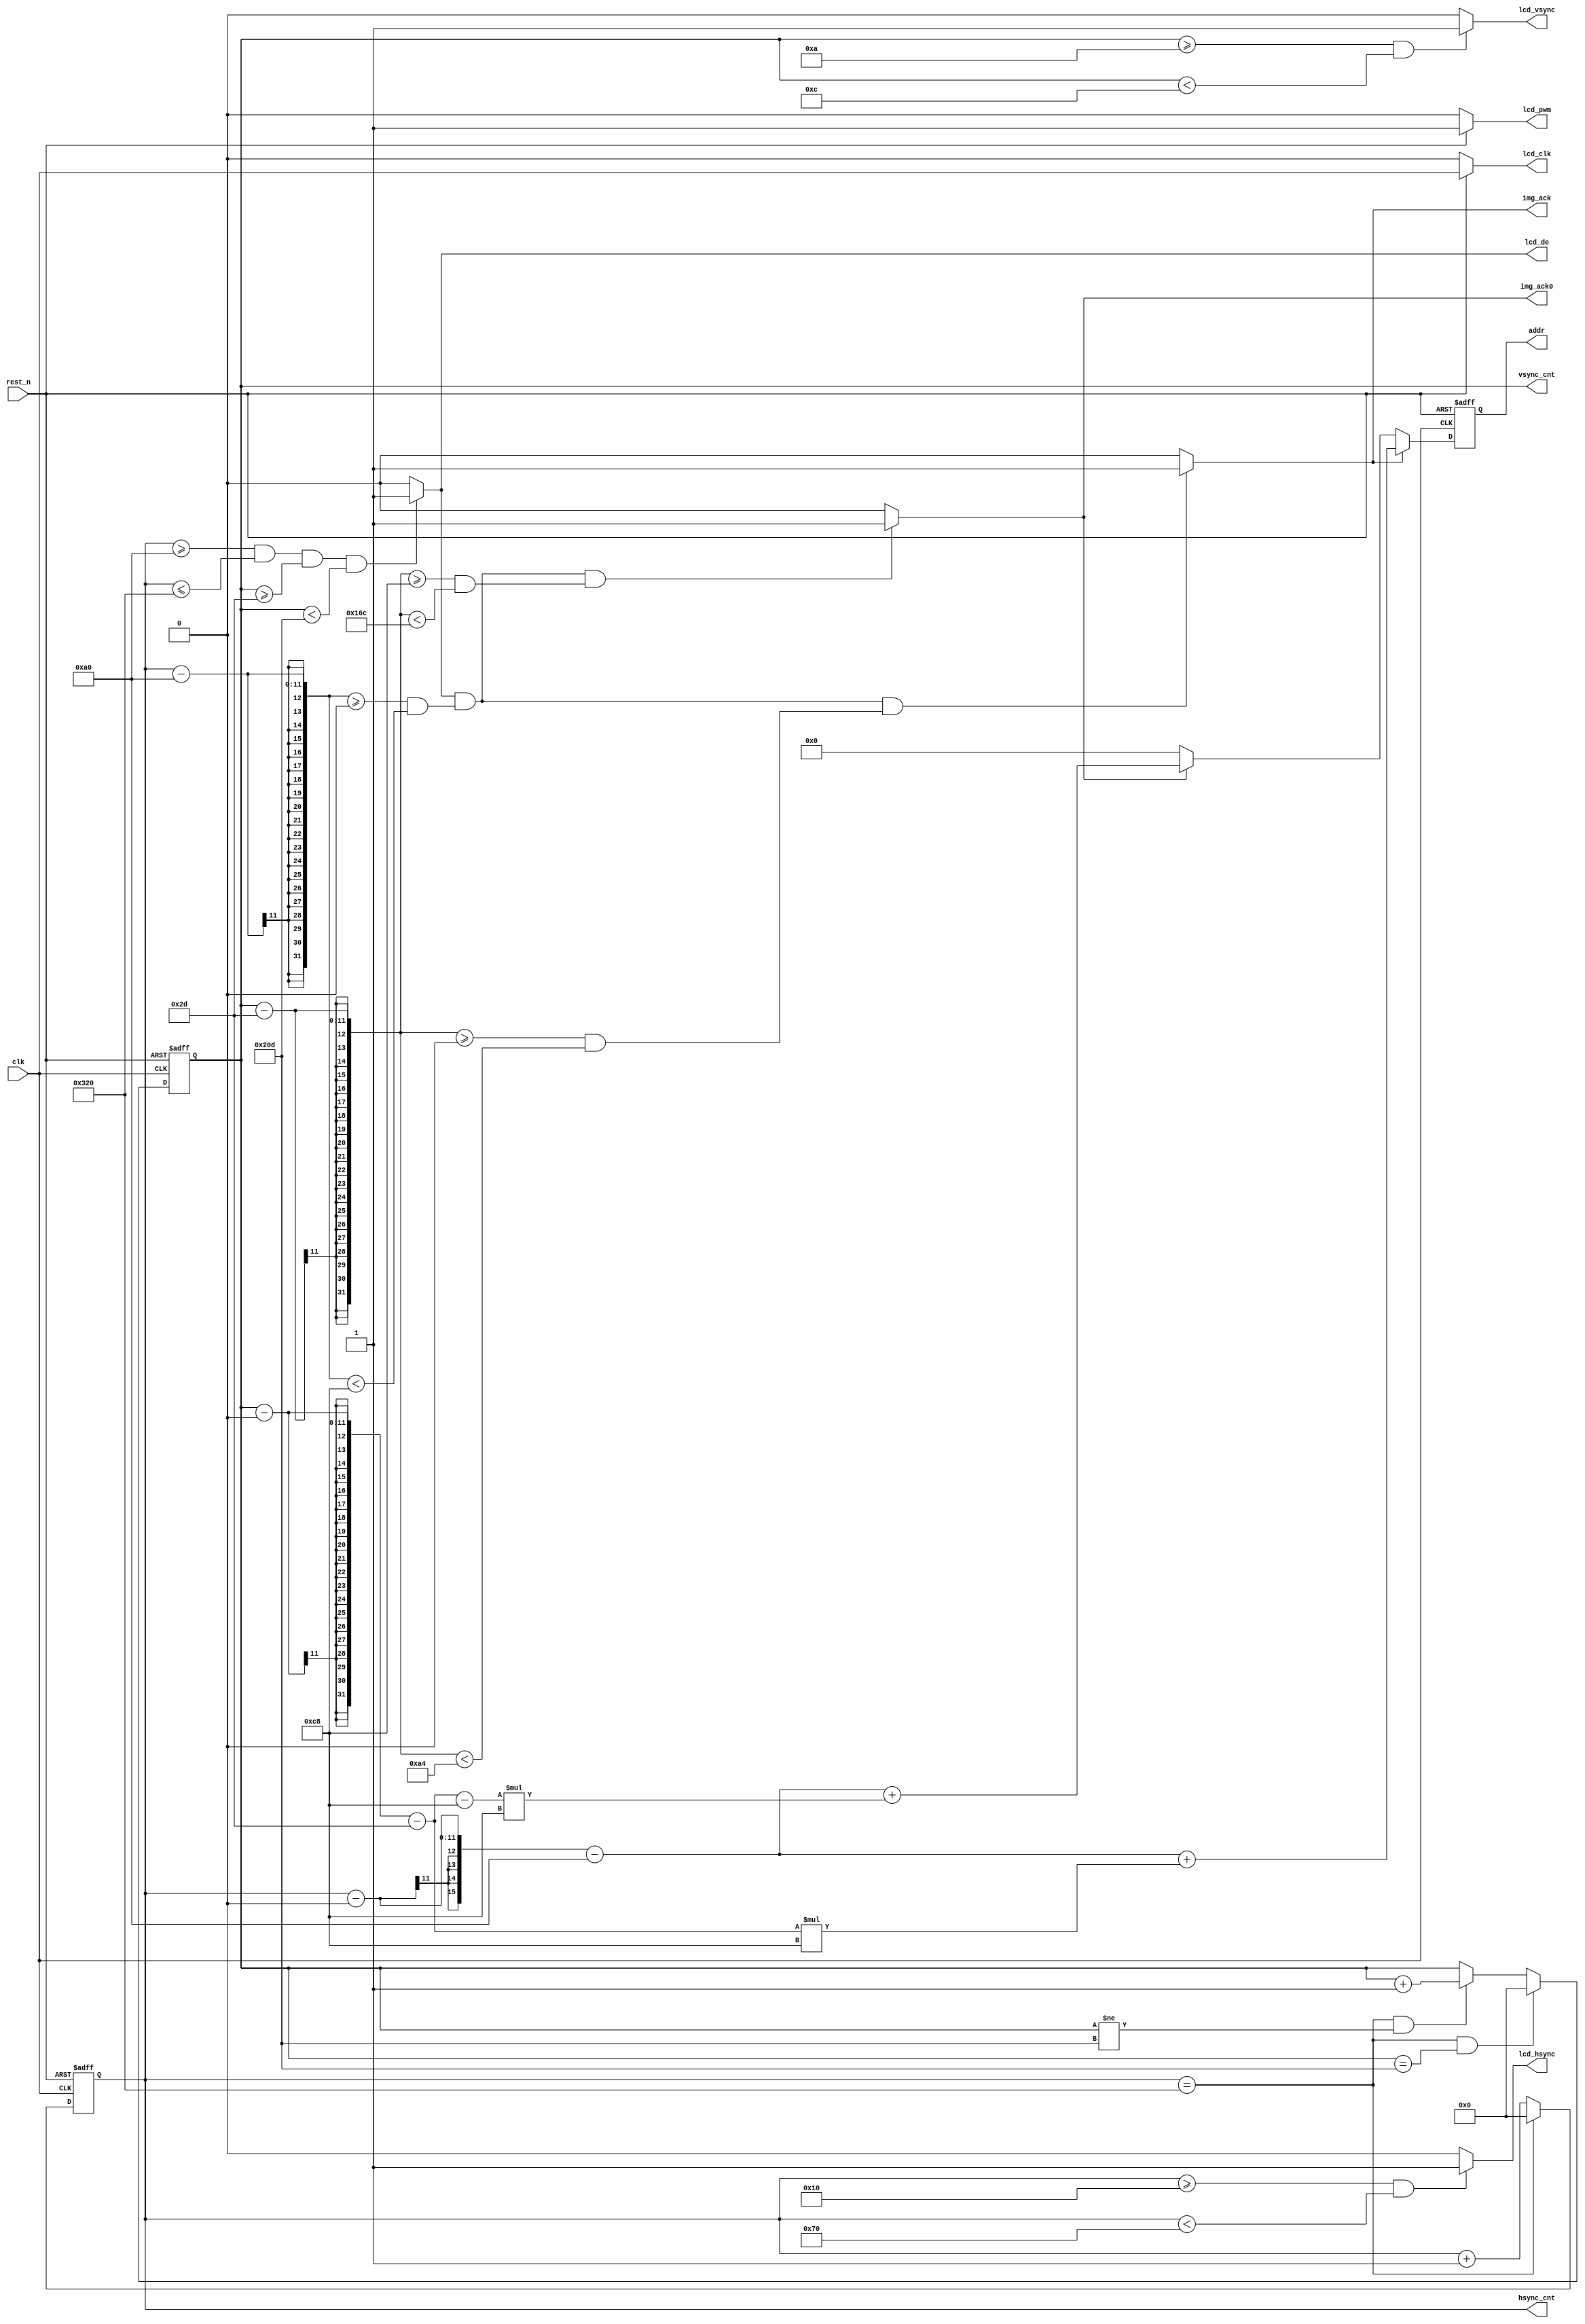
`timescale 1ns/ 1ps

module lcd_sync
#(
    //display image at pos
    parameter IMG_W = 200,  
    parameter IMG_H = 164,
    parameter IMG_X = 0  ,
    parameter IMG_Y = 0
)
(
    input                       clk         ,
    input                       rest_n      ,
    
    output  wire                lcd_clk     ,
    output  wire                lcd_pwm     ,
    output  wire                lcd_hsync   , 
    output  wire                lcd_vsync   , 
    output  wire                lcd_de      ,
    output  wire [10:0]         hsync_cnt   ,
    output  wire [10:0]         vsync_cnt   ,
    output  wire                img_ack     ,
    output  wire                img_ack0    ,
    output  wire [15:0]         addr
);



//640*480
localparam TFT_H = 640;  
localparam TFT_V = 480; 

////////////60hz////////////////////
localparam THB   = 160;
localparam TH    = TFT_H + THB;
localparam TVB   = 45;
localparam TV    = TFT_V + TVB;

////////////70hz////////////////////
/* localparam THB 	 = 200;
localparam TH 	 = TFT_H + THB;

localparam TVB   = 20;
localparam TV    = TFT_V + TVB; */

reg [10:0]           counter_hs       ;
reg [10:0]           counter_vs       ;
reg [15:0]           read_addr        ;   
reg [10:0]           img_hbegin =11'd0;   
reg [10:0]           img_vbegin =11'd0;   




assign lcd_clk   = (rest_n == 1'b1) ? clk  : 1'b0;
assign lcd_pwm   = (rest_n == 1'b1) ? 1'b1 : 1'b0;
assign lcd_hsync = ( counter_hs >= 5'd16 && counter_hs < 7'd112 ) ?1'b1 :1'b0;
assign lcd_vsync = ( counter_vs >= 4'd10 && counter_vs < 4'd12 ) ?1'b1:1'b0;
assign lcd_de    = ( counter_hs >= THB && counter_hs <= TH && counter_vs >= TVB  && counter_vs < TV) ?1'b1:1'b0;
assign hsync_cnt = counter_hs;
assign vsync_cnt = counter_vs;
assign img_ack   = lcd_de &&((counter_hs - THB) >= IMG_X && (counter_hs - THB) < (IMG_X + IMG_W)) && 
                 ((counter_vs - TVB) >= IMG_Y && (counter_vs - TVB) < (IMG_Y + IMG_H)) ? 1'b1 : 1'b0;
assign img_ack0  = lcd_de &&((counter_hs - THB) >= IMG_X && (counter_hs - THB) < (IMG_X + IMG_W)) && 
                 ((counter_vs - TVB) >= IMG_Y+8'd200 && (counter_vs - TVB) < (IMG_Y + IMG_H+8'd200 )) ? 1'b1 : 1'b0;               
assign addr      = read_addr;




always@(posedge clk or negedge rest_n)begin
    if(rest_n == 1'b0)begin 
        counter_hs <= 11'd0;
    end 
    else if(counter_hs == TH )begin 
        counter_hs <= 11'd0;
    end 
    else begin 
        counter_hs <= counter_hs + 1'b1;
    end 
end



always@(posedge clk or negedge rest_n)begin
    if(rest_n == 1'b0)begin 
        counter_vs <= 11'd0;
    end 
    else if(counter_hs == TH && counter_vs == TV)begin 
        counter_vs <= 11'd0;
    end 
    else if(counter_hs == TH && counter_vs != TV)begin 
        counter_vs <= counter_vs +1'b1;
    end 
end



always@(posedge clk or negedge rest_n)begin
    if(!rest_n)begin 
        read_addr <= 16'd0;
    end 
    else if(img_ack)begin 
        read_addr <= (counter_hs - IMG_X - THB) + (counter_vs - IMG_Y - TVB) * IMG_W;
    end 
    else if(img_ack0)begin 
        read_addr <= (counter_hs - IMG_X - THB) + (counter_vs - IMG_Y - TVB-8'd200) * IMG_W;
    end 
    else begin 
        read_addr <= 16'd0;  
    end 
end



endmodule